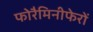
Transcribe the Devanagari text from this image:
फोरैमिनीफेरों